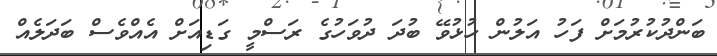
ބަންދުކުރުމަށް ފަހު އަލުން ހުޅުވޭ ބުދަ ދުވަހުގެ ރަސްމީ ގަޑިއަށް އެއްވެސް ބަދަލެއް